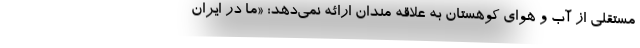
مستقلی از آب و هوای کوهستان به علاقه مندان ارائه نمی‌دهد: «ما در ایران